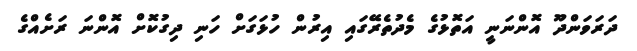
ދަރަވަންދޫ އޮންނަނީ އަތޮޅުގެ މެދުތެރޭގައި އިރުން ހުޅަގަށް ހަނި ދިގުކޮށް އޮންނަ ރަށެއްގެ